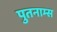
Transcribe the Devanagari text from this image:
पुतनाम्स